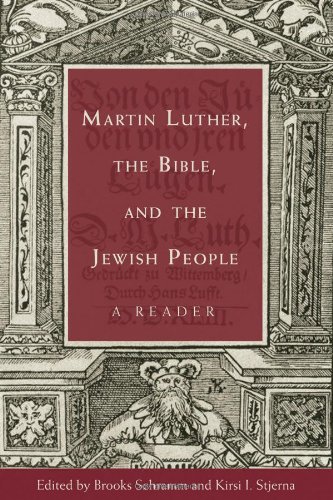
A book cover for Martin Luther, the Bible, and the Jewish People: A Reader; Brooks Schramm; Christian Books & Bibles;